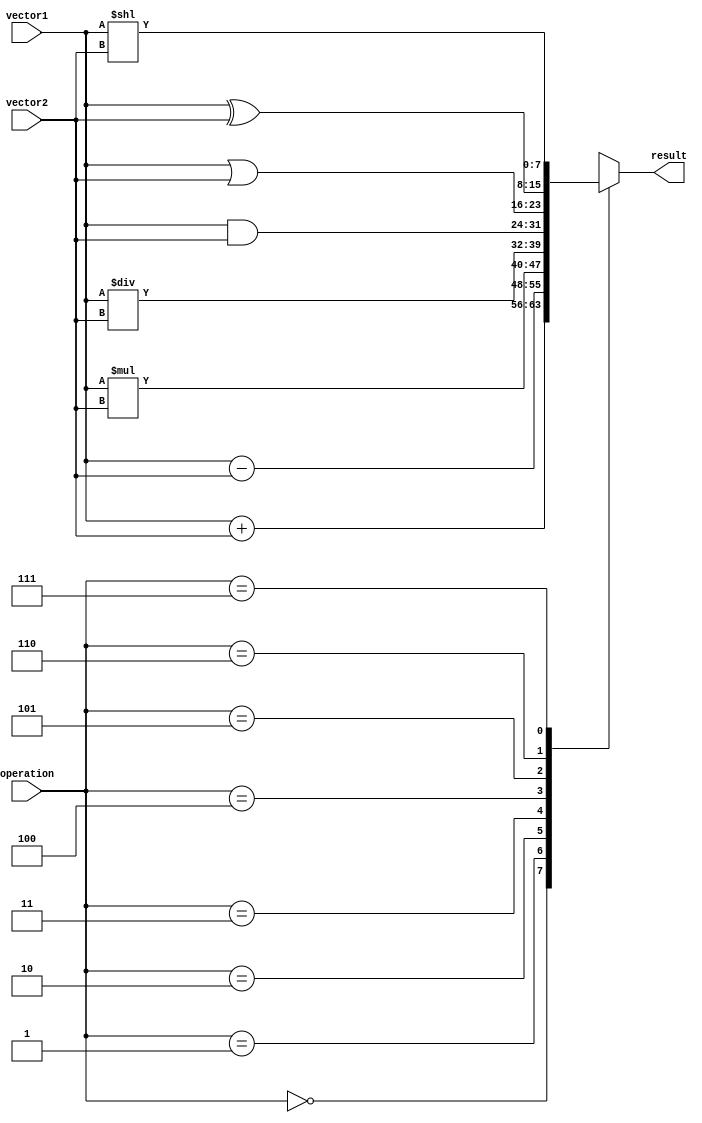
module vector_alu (
  input wire [7:0] vector1,
  input wire [7:0] vector2,
  input wire [2:0] operation,
  output reg [7:0] result
);

always @(*) begin
  case(operation)
    3'b000: result = vector1 + vector2; // addition
    3'b001: result = vector1 - vector2; // subtraction
    3'b010: result = vector1 * vector2; // multiplication
    3'b011: result = vector1 / vector2; // division
    3'b100: result = vector1 & vector2; // bitwise AND
    3'b101: result = vector1 | vector2; // bitwise OR
    3'b110: result = vector1 ^ vector2; // bitwise XOR
    3'b111: result = vector1 << vector2; // shift left
  endcase
end

endmodule